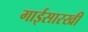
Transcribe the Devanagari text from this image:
गाईसारखी